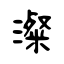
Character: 澯